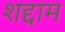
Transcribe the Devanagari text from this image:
शद्दाम